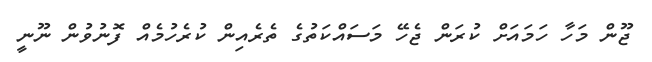
ޖޫން މަހާ ހަމައަށް ކުރަން ޖެހޭ މަސައްކަތުގެ ތެރެއިން ކުރެހުމެއް ފޮނުވުން ނޫނީ